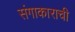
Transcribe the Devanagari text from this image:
संगाकाराची